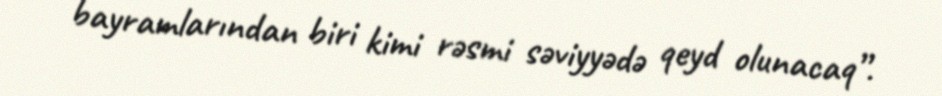
bayramlarından biri kimi rəsmi səviyyədə qeyd olunacaq”.